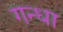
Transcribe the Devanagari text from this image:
गन्धा